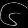
Digit: ၆